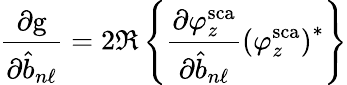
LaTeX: \frac{\partial\mathrm{g}}{\partial\hat{b}_{n\ell}}=2\Re\left\{ \frac{\partial\varphi_{z}^{\mathrm{sca}}}{\partial\hat{b}_{n\ell}}\left(\varphi_{z}^{\mathrm{sca}}\right)^{*}\right\}